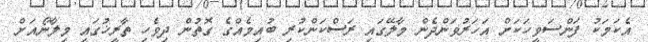
އެކަމަކު ފަންސަވީހަކަށް އަހަރުވަންދެން މާލޭގައި ރަސްކަންކުރި ބުއިމެއްގެ ގޮތުން ދިވެހި ތާރީޚުގައި މިލާނޯއަށް